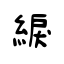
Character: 綟